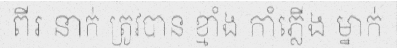
ពីរ នាក់ ត្រូវបាន ខ្មាំង កាំភ្លើង ម្នាក់